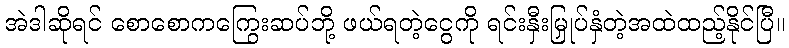
အဲဒါဆိုရင် စောစောကကြွေးဆပ်ဘို့ ဖယ်ရတဲ့ငွေကို ရင်းနှီးမြှုပ်နှံတဲ့အထဲထည့်နိုင်ပြီ။